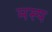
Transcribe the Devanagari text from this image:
मस्य